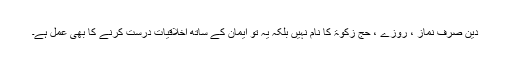
دین صرف نماز ، روزے ، حج زکوٰۃ کا نام نہیں بلکہ یہ تو ایمان کے ساتھ اخلاقیات درست کرنے کا بھی عمل ہے۔